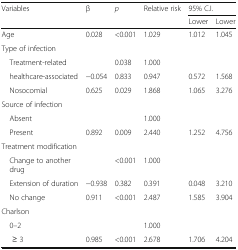
<table><thead><tr><td rowspan="2"><b>Variables</b></td><td rowspan="2"><b>β</b></td><td rowspan="2"><b><i>p</i></b></td><td rowspan="2"><b>Relative risk</b></td><td colspan="2"><b>95% C.I.</b></td></tr><tr><td><b>Lower</b></td><td><b>Lower</b></td></tr></thead><tbody><tr><td>Age</td><td>0.028</td><td>&lt;0.001</td><td>1.029</td><td>1.012</td><td>1.045</td></tr><tr><td colspan="6">Type of infection</td></tr><tr><td> Treatment-related</td><td></td><td>0.038</td><td>1.000</td><td></td><td></td></tr><tr><td> healthcare-associated</td><td>−0.054</td><td>0.833</td><td>0.947</td><td>0.572</td><td>1.568</td></tr><tr><td> Nosocomial</td><td>0.625</td><td>0.029</td><td>1.868</td><td>1.065</td><td>3.276</td></tr><tr><td colspan="6">Source of infection</td></tr><tr><td> Absent</td><td></td><td></td><td>1.000</td><td></td><td></td></tr><tr><td> Present</td><td>0.892</td><td>0.009</td><td>2.440</td><td>1.252</td><td>4.756</td></tr><tr><td colspan="6">Treatment modification</td></tr><tr><td> Change to another drug</td><td></td><td>&lt;0.001</td><td>1.000</td><td></td><td></td></tr><tr><td> Extension of duration</td><td>−0.938</td><td>0.382</td><td>0.391</td><td>0.048</td><td>3.210</td></tr><tr><td> No change</td><td>0.911</td><td>&lt;0.001</td><td>2.487</td><td>1.585</td><td>3.904</td></tr><tr><td colspan="6">Charlson</td></tr><tr><td> 0–2</td><td></td><td></td><td>1.000</td><td></td><td></td></tr><tr><td>≥ 3</td><td>0.985</td><td>&lt;0.001</td><td>2.678</td><td>1.706</td><td>4.204</td></tr></tbody></table>